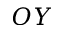
O Y